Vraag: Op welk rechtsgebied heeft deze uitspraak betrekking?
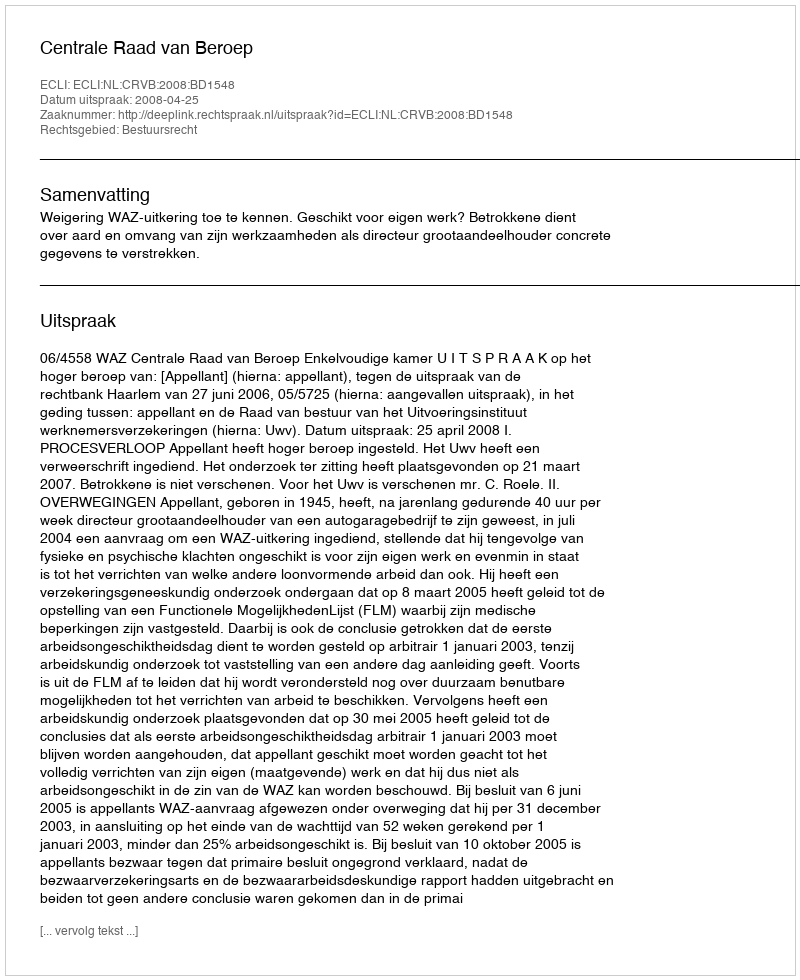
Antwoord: Bestuursrecht